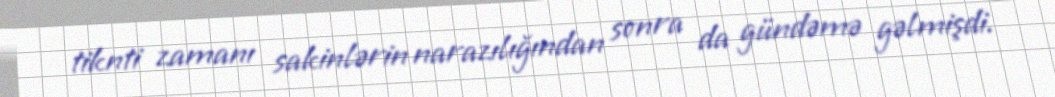
tiknti zamanı sakinlərin narazılığından sonra da gündəmə gəlmişdi.